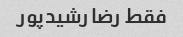
فقط رضا رشیدپور